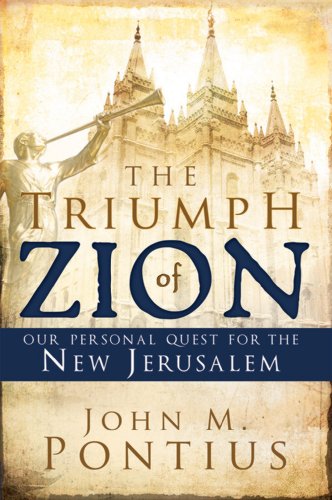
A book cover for The Triumph of Zion-our Personal Quest for the New Jerusalem; John M. Pontius; Christian Books & Bibles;